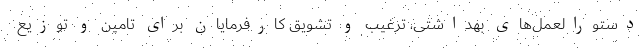
دستورالعمل‌های بهداشتی، ترغیب و تشویق کارفرمایان برای تامین و توزیع